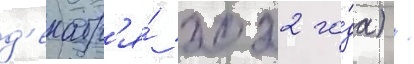
д'екабр'я́ 2022 го́да) /